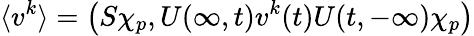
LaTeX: \langle v^{k}\rangle=\left(S\chi_{p},U(\infty,t)v^{k}(t)U(t,-\infty)\chi_{p}\right)